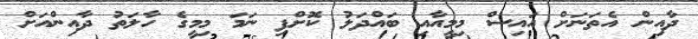
ދާއިން އެތަނަށް އައިސް މިމީއާއި ބައްދަލު ކޮށްފި ނަމަ މިމީގެ ހާލަތު ދާއިންއަށް